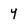
Character: y